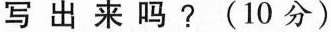
写出来吗？(10分)